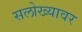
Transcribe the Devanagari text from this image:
सलोख्यावर